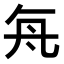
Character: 𬼊